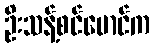
ဦးသန့်စင်မောင်က